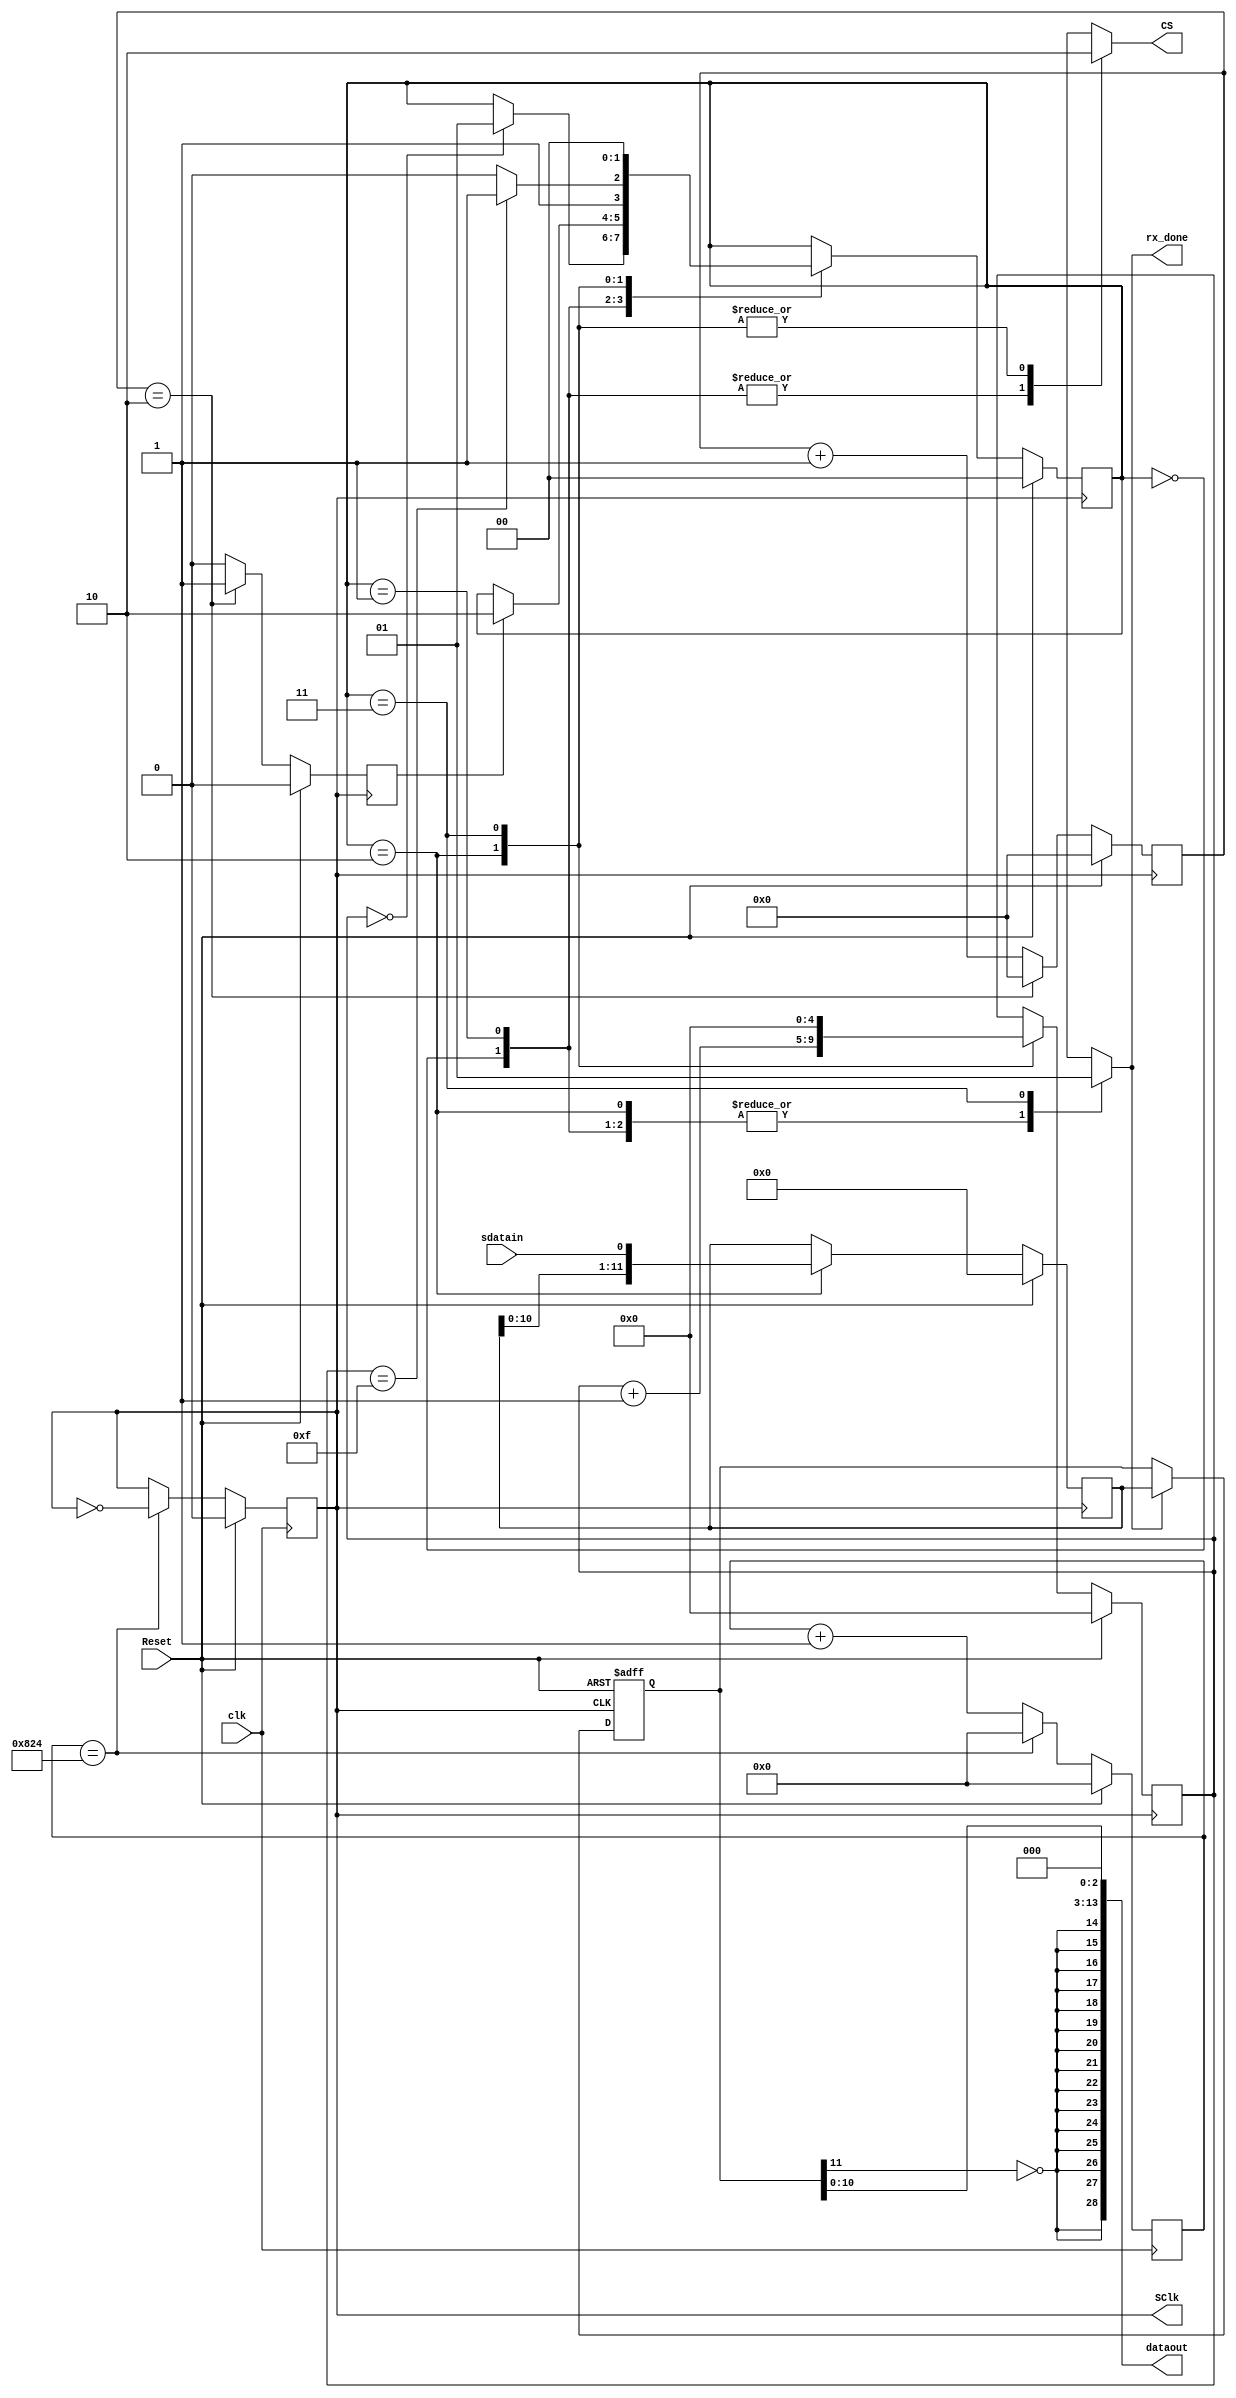
`timescale 1ns / 1ps
//////////////////////////////////////////////////////////////////////////////////
// Company: ITCR
// 
// Module Name:    PmodAD1 
// Project Name:  Ecualizador
// Description: Este modulo se encarga de las seales del control del PmodAD1, la recepcin del datos
//              y el ajuste del tamao de palabra.
//
//////////////////////////////////////////////////////////////////////////////////
module PmodAD1(
 //Entradas
input Reset,
input clk,
//Salidas
output reg rx_done,
output wire [28:0] dataout,
//Control PmodAD
input sdatain,
output wire SClk, 
output reg CS
	);

//---------------
// Divisor de frecuencia SClk
//---------------
reg SClk_prov=1'b1;
parameter numberclk = 15'd2084; //CORREGIR VALOR
reg [14:0] counterclk = 15'b0000000000;
always @(posedge clk) begin
			if(Reset) begin
					SClk_prov <= 1'b0;
					counterclk <= 15'b0000000000;
			end
			// Count/toggle normally
			else begin

					if(counterclk == numberclk) begin
							SClk_prov <= ~SClk_prov;
							counterclk <= 15'b0000000000;
					end
					else begin
							counterclk <= counterclk + 15'd1;
					end
			end
	end
	
assign SClk=SClk_prov;

//---------------
// Bandera CS
//---------------
// Output register
reg flag = 1'b0;
parameter numberflag = 13'd2; ///CORREGIR VALOR
reg [12:0] counterflag = 13'b0000000000;
always @(negedge SClk) 
	begin 
		if(Reset) begin
				flag <= 1'b0;
				counterflag <= 13'b0000000000;
			end
		else begin
			if(counterflag == numberflag)
   			begin
				flag <= 1'b1;
				counterflag <= 13'b0000000000;
				end
			else begin
							counterflag <= counterflag + 13'd1;
							flag <= 1'b0;
			end

			end

	end

//---------------
// Parametros
//---------------
localparam [1:0] ADC_IDLE_STATE      = 2'b00,
					  ADC_START_STATE     = 2'b01,
					  ADC_READ_STATE      = 2'b10,
					  ADC_DONE_STATE      = 2'b11;


//---------------
//Seales internas
//---------------

reg [1:0] state, next_state;
reg [11:0] dataint, dataint_next;
reg [4:0] counter, counter_next;

//---------------
//Estados secuenciales
//---------------
always @(negedge SClk)
	if(Reset)
		begin
		state<= 2'd0;
		dataint <= 12'd0;
		counter <= 5'd0;
		end
	else
		begin
		state<= next_state;
		dataint <= dataint_next;
		counter <= counter_next;
		end

//---------------
//Maquina de Estados 
//---------------

always @*
    begin
        next_state <= state;
		  dataint_next <= dataint;
		  counter_next <= counter;
        case(state)
            ADC_IDLE_STATE:
                begin
                    rx_done <= 1'b0;  
                    CS <= 1'b1;
						  if(counter==5'd0) begin next_state<=ADC_START_STATE; end
                end
            ADC_START_STATE:
                begin
                    rx_done  <= 1'b0;
                    CS <= 1'b1;
						  //counter_next <= counter + 5'd1;
						  if (flag) begin next_state<=ADC_READ_STATE; end
                end
            ADC_READ_STATE:
                begin
                    rx_done <= 1'b0;
                    CS <= 1'b0;
						  counter_next <= counter + 5'b00001;
						  dataint_next <= {dataint[10:0], sdatain};
						  if (counter == 5'd15) begin next_state<=ADC_DONE_STATE; end else begin next_state<=ADC_READ_STATE; end //VALOR ES 15
                end
            ADC_DONE_STATE:
                begin
                    rx_done <= 1'b1;
                    CS  <= 1'b0;
						  counter_next <= 5'd0;
						  next_state<=ADC_IDLE_STATE;
                end
            default:
                begin
                    rx_done <= 1'b0;
                    CS <= 1'b1;
						  counter_next <= 5'd0;
						  next_state<=ADC_IDLE_STATE;
						  dataint_next<=16'd0;
                end
        endcase
    end
	 
//---------------
//FF Salida 
//---------------	 
reg [11:0] datatrunk;

always @(negedge SClk or posedge Reset)
      if (Reset) begin
         datatrunk <= 16'd0;
      end else if (rx_done) begin
         datatrunk <= dataint;
      end


assign dataout = {{15{~datatrunk[11]}},datatrunk[10:0],3'b000};

endmodule